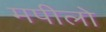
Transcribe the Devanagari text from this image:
मपीलो